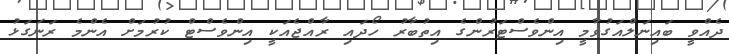
ދެއްވީ ބައިނަލްއަގުވާމީ އިންވެސްޓަރުންގެ އިތުބާރު ހޯދައި ރާއްޖެއަކީ އިންވެސްޓް ކުރުމަށް އެންމެ ރަނަގަޅު